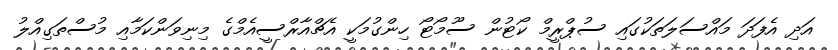
އަދި އެފަދަ މައްސަލަތަކުގައި ސުޕްރީމް ކޯޓުން ސޫމޯޓޯ ހިންގުމަކީ އެޗްއާރްސީއެމްގެ މިނިވަންކަމާއި މުސްތަގިއްލު